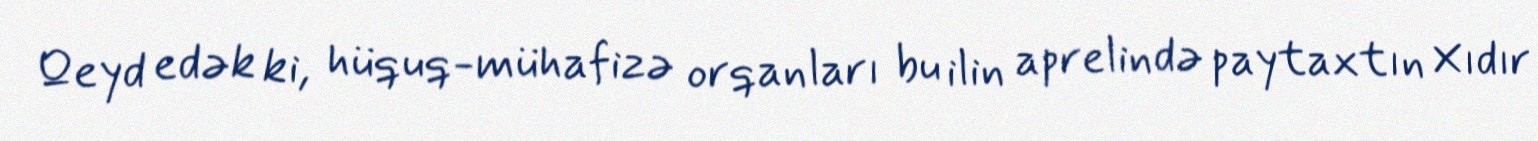
Qeyd edək ki, hüquq-mühafizə orqanları bu ilin aprelində paytaxtın Xıdır